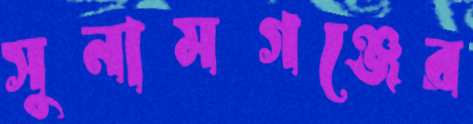
সুনামগঞ্জের